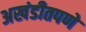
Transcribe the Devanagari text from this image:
अखंडीतपणे